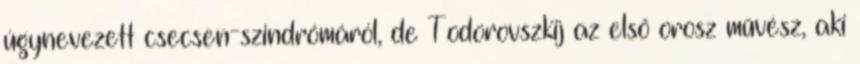
úgynevezett csecsen-szindrómáról, de Todorovszkij az első orosz művész, aki